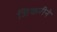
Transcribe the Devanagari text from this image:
जिकरीने